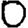
Digit: 0